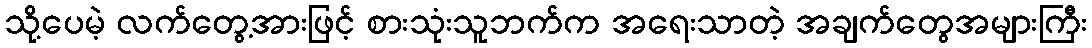
သို့ပေမဲ့ လက်တွေ့အားဖြင့် စားသုံးသူဘက်က အရေးသာတဲ့ အချက်တွေအများကြီး